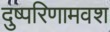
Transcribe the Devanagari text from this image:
दुष्परिणामवश